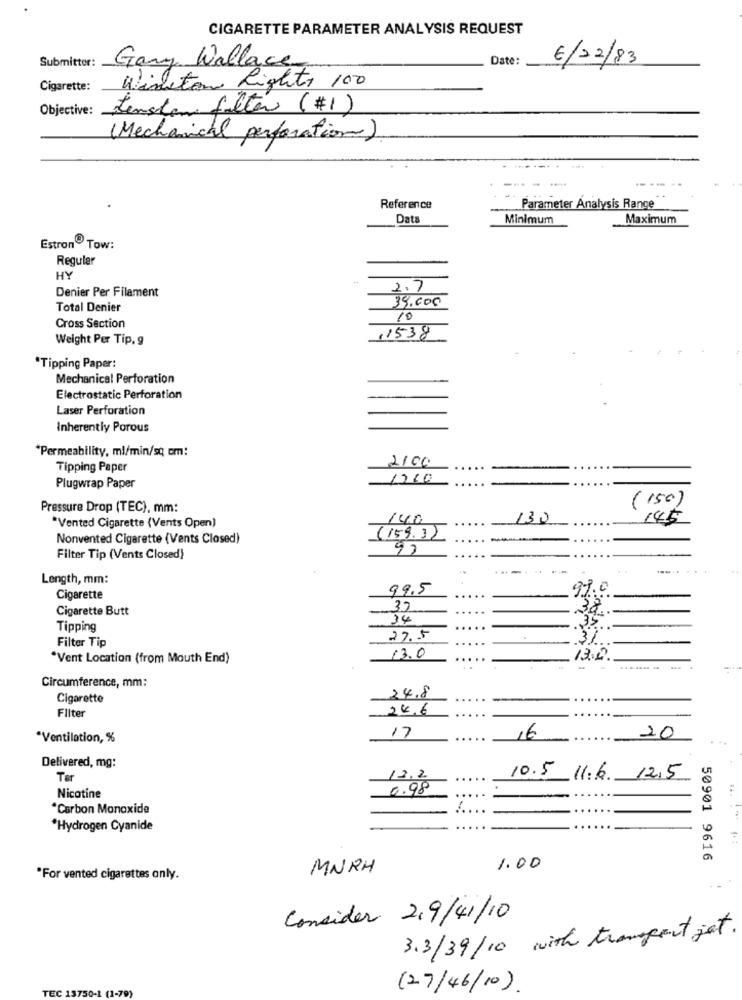
CIGARETTE PARAMETER ANALYSIS REQUEST
Submitter:
Gary Wallace
Date:
6/02/83
Winston Rights 100
Cigarette:
Objective: Jenston filter (#1)
(Mechanical perforation)
Reference
Parameter Analysis Range
Data
Minimum
Maximum
Estron Tow:
Regular
HY
Denier Per Filament
2.7
39.000
Total Denier
10
Cross Section
Weight Per Tip, g
11538
*Tipping Paper:
Mechanical Perforation
Electrostatic Perforation
Laser Perforation
Inherently Porous
"Permeability, ml/min/sq om:
2100
Tipping Paper
1200
Plugwrap Paper
(150)
Pressure Drop (TEC), mm:
140
130
145
Vented Cigarette (Vents Open)
Nonvented Cigarette (Vents Closed)
(159.3)
Filter Tip (Vents Closed)
--
....
Length, mm:
99.5
Cigarette
Cigarette Butt
37
34
35
Tipping
Filter Tip
27.5
3/
"Vent Location (from Mouth End)
13.0
...
13:2.
--
------ .
Circumference, mm:
Cigarette
24.8
Filter
24.6
*Ventilation, %
17
16
20
Delivered, mg:
10.5
Tar
12.2
11.6. 12.5
0.98
Nicotine
.....
*Carbon Monoxide
*Hydrogen Cyanide
50901 9616
MNRH
1.00
"For vented cigarettes only.
Consider 2,9/41/10
3.3/39/10 with transport jet.
TEC 13750-1 (1-79)
(27/46/10).